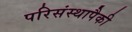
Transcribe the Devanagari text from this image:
परिसंस्थापैकी